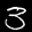
Label: 3